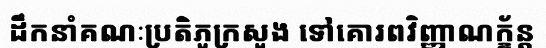
ដឹកនាំគណៈប្រតិភូក្រសួង ទៅគោរពវិញ្ញាណក្ខ័ន្ត